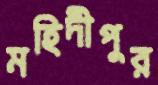
মহিদীপুর